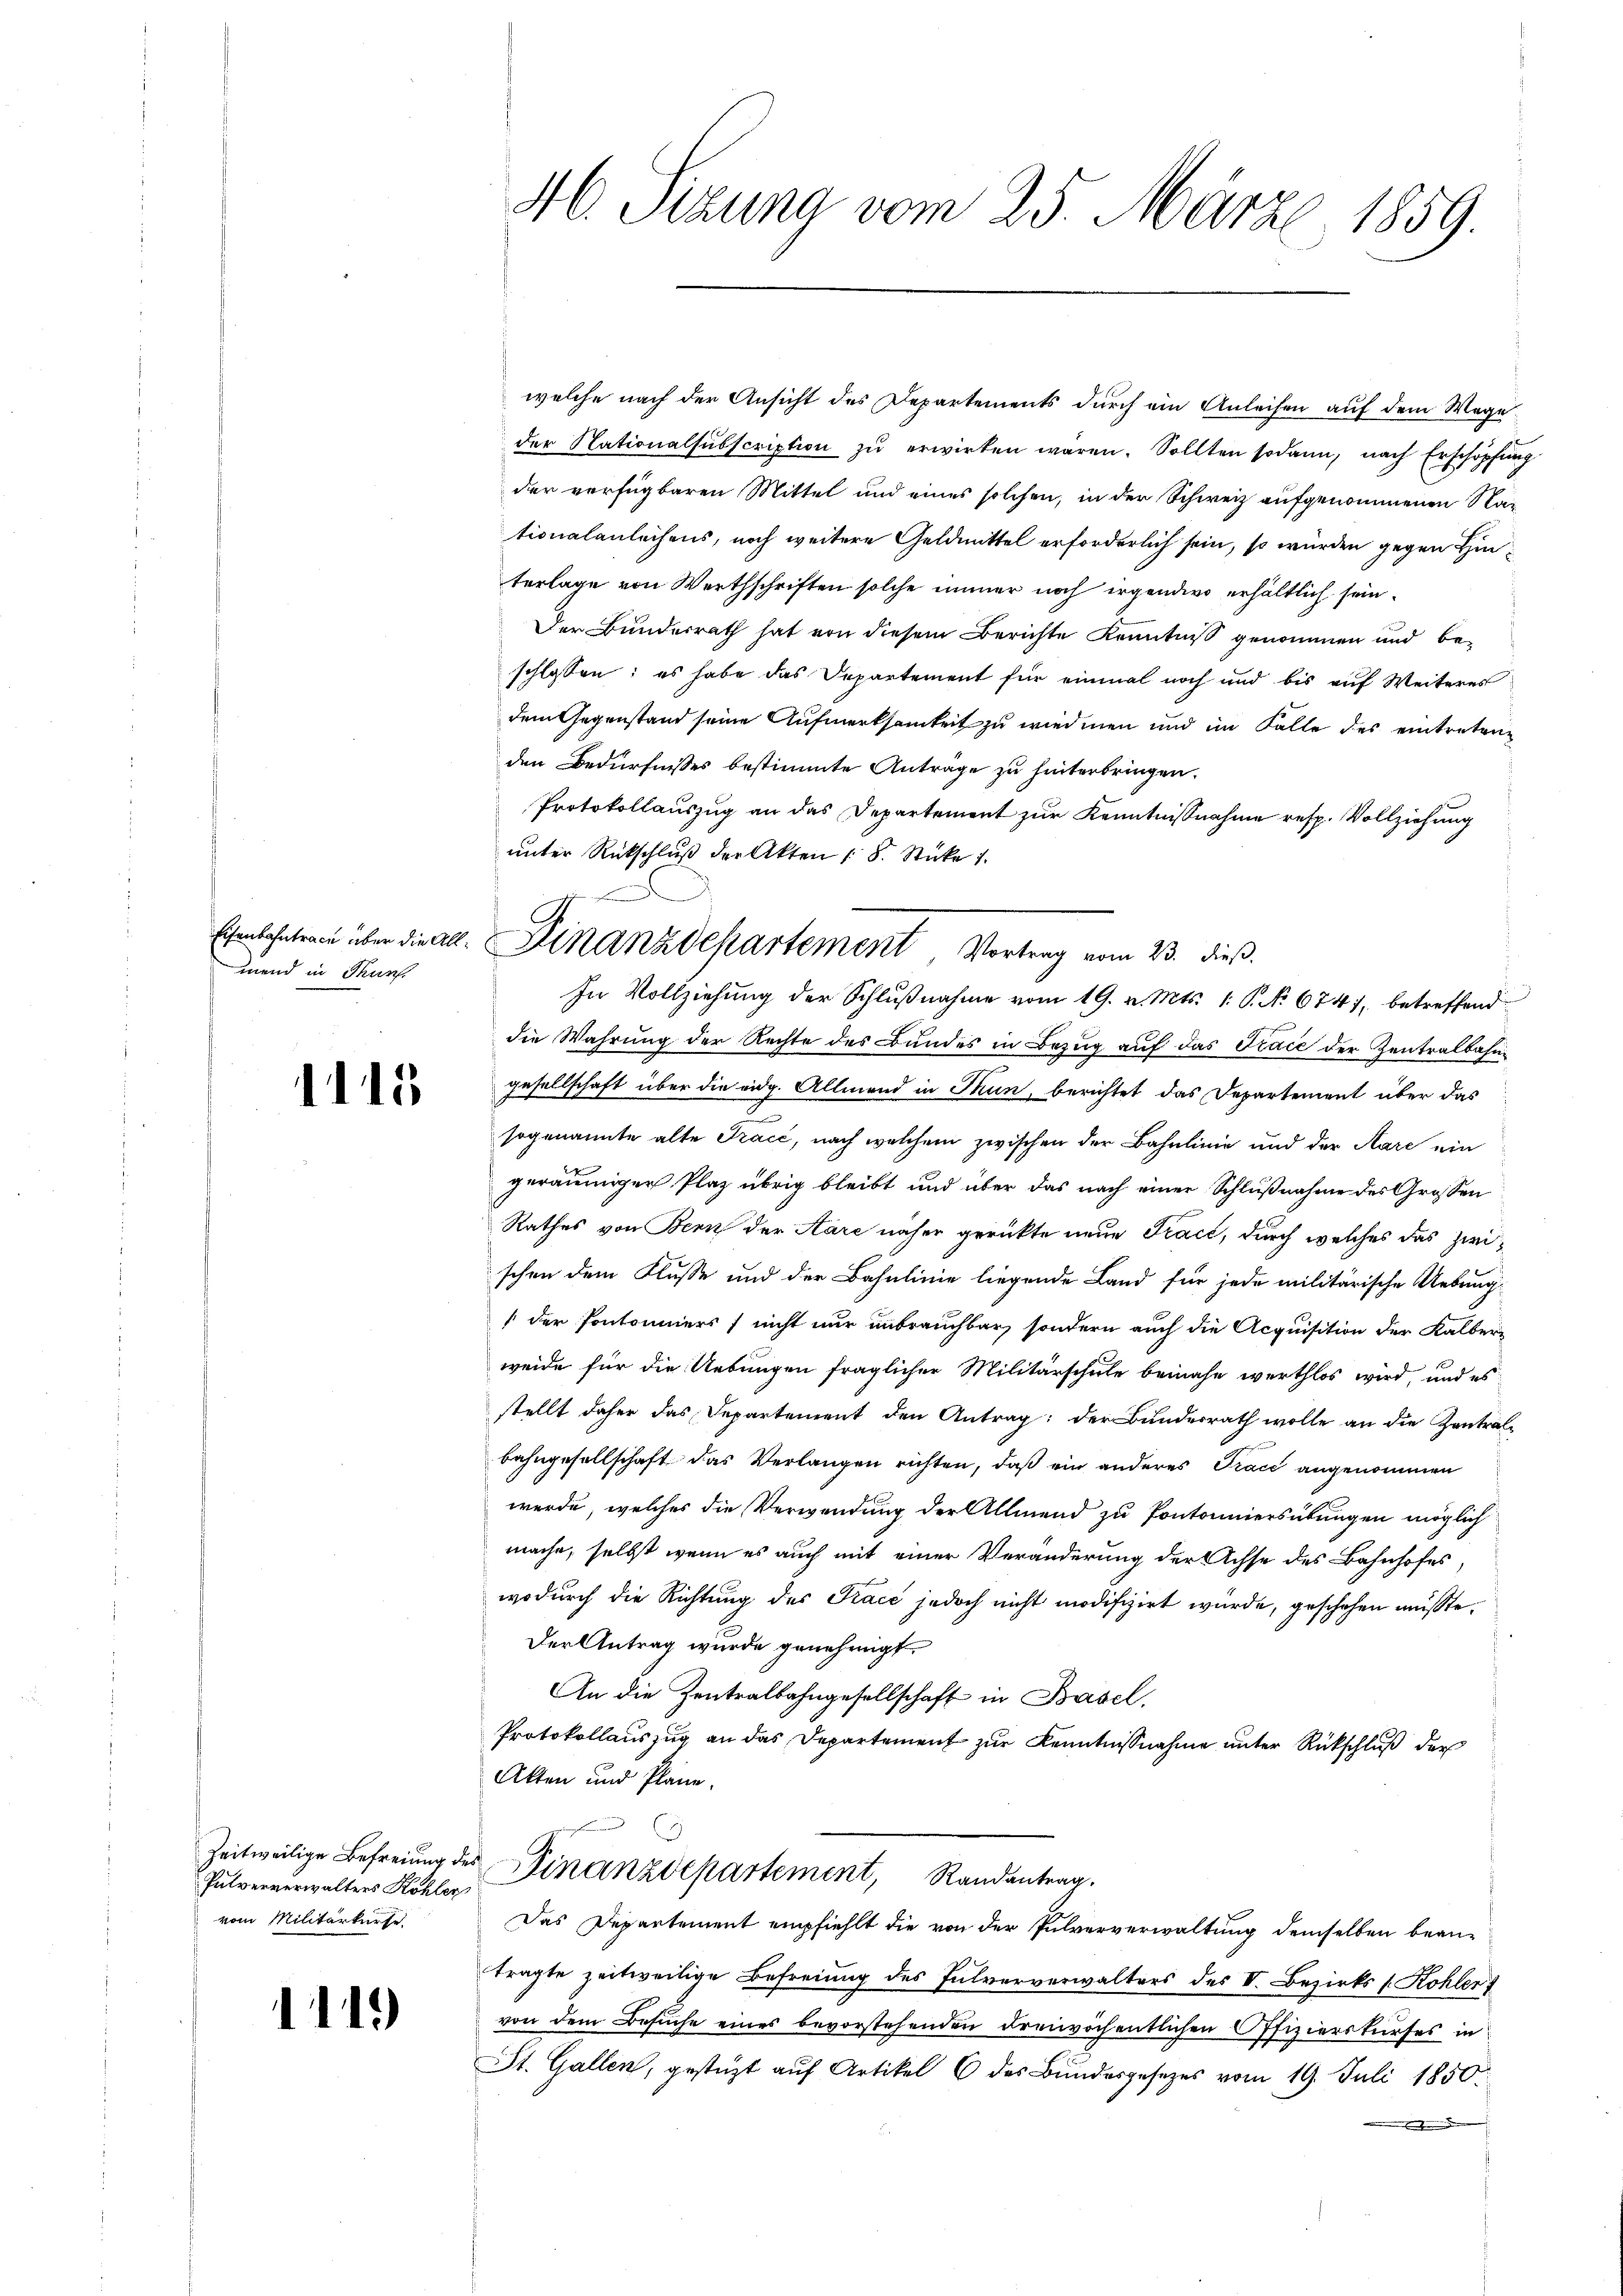
mend in Thun.

1115

Pulververwalters Kohler
vom Militärkurse

111)

46. Sizung vom 25. Märze, 1859.

welche nach der Ansicht des Departements durch ein Anleisen auf dem Wege
der Nationalsŭbscription zŭ erwirken waren. Sollten sodann, nach Erschöpfung
der verfügbaren Mittel und eines solchen, in der Schweiz aufgenommenen Nationalanleihens, noch weitere Geldmittel erforderlich sein, so würden gegen Hinterlage von Werthschriften solche immer noch irgendwo erhältlich sein¬
Der Bunderrath hat von diesem Berichte Kenntniß genommen und be-
schlossen: es habe das Departement für einmal noch und bis auf Weiteres
dem Gegenstand seine Aufmerksamkeit zu wiedmen und im Falle des eintreten
den Bedürfnisses bestimmte Antrage zu hinterbringen.
Protokollauszug an das Departement zur Kenntnißnahme resp. Vollziehung
unter Rückschluß der Akten (8. Stücke 1
In Vollziehung der Schlŭβnahme vom 19. v. Mts. 1. P. No 6747, betreffend
die Wahrung der Rechte des Bundes in Bezug auf das Trace der Zentralbahngesellschaft über die eidg. Allmend in Thun, berichtet das Departement über das
sogenannte alte Fraić, nach welchem zwischen der Bahnlinie und der Aare ein
geräumiger Plaz übrig bleibt und über das nach einer Schlußnahme des Grossen
Rathes von Bern der Aare näher gerückte neue Tract, durch welches das zwischen dem Flusse und der Bahnlinie liegende Land für jede militärische Uebung
(der Pontoniers) nicht nur unbrauchbar sondern auch die Acquisition der Kalber-
weide für die Uebungen fraglicher Militärschule beinahe werthlos wird, und es
stellt daher das Departement den Antrag: der Bundesrath wolle an die Zentralbahngesellschaft das Verlangen richten, daß ein anderes Trace angenommen
werde, welches die Verwendung der Allmend zu Pontonniersübungen möglich
mache, selbst wenn es auch mit einer Veränderung der Achse des Bahnhofes
wodurch die Richtung des Trace jedoch nicht modifizirt wurde, geschehen müsste.
Der Antrag wurde genehmigt.
An die Zentralbahngesellschaft in Basel
Protokollauszug an das Departement zur Kenntnißnahme unter Rückschluß der
Akten und Pläne.
Zeitweilige Befreiung der Finanzdepartement, Randantrag.
Das Departement empfiehlt die von der Pulververwaltung demselben beantragte zeitweilige Befreiung des Pulververwalters des V. Bezirks Kohler
von dem Besuche eines bevorstehenden dreiwöchentlichen Offizierskurses in
St. Gallen, gestüzt aŭf Artikel 6 des Bundesgesetzes vom 19. Juli 1850.
.

Eisenbahntrage über die All-Kinanzdepartement, Vortrag vom 23. dieß.